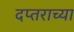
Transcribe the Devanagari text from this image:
दप्तराच्या